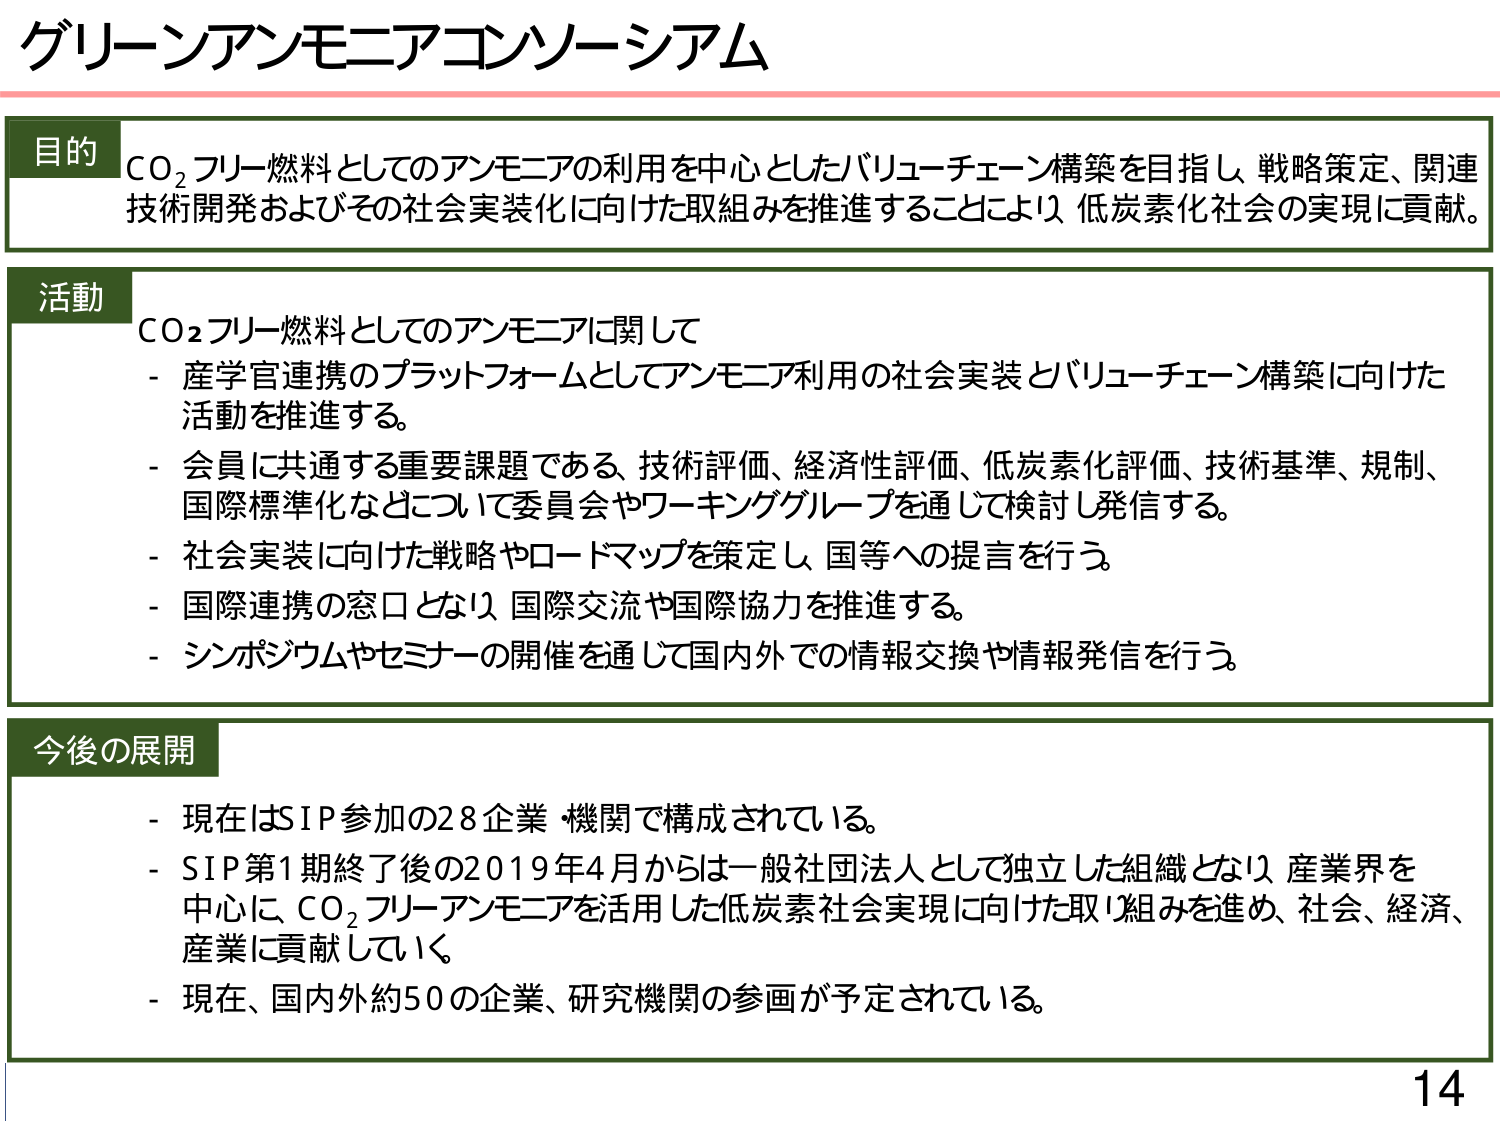
グリーンアンモニアコンソーシアム

目的
CO₂フリー燃料としてのアンモニアの利用を中心としたバリューチェーン構築を目指し、戦略策定、関連技術開発およびその社会実装化に向けた取組みを推進することにより、低炭素化社会の実現に貢献。

活動
CO₂フリー燃料としてのアンモニアに関して
- 産学官連携のプラットフォームとしてアンモニア利用の社会実装とバリューチェーン構築に向けた活動を推進する。
- 会員に共通する重要課題である、技術評価、経済性評価、低炭素化評価、技術基準、規制、国際標準化などについて委員会やワーキンググループを通じて検討し発信する。
- 社会実装に向けた戦略やロードマップを策定し、国等への提言を行う。
- 国際連携の窓口となり、国際交流や国際協力を推進する。
- シンポジウムやセミナーの開催を通じて国内外での情報交換や情報発信を行う。

今後の展開
- 現在はSIP参加の28企業・機関で構成されている。
- SIP第1期終了後の2019年4月からは一般社団法人として独立した組織となり、産業界を中心に、CO₂フリーアンモニアを活用した低炭素社会実現に向けた取組みを進め、社会、経済、産業に貢献していく。
- 現在、国内外約50の企業、研究機関の参画が予定されている。

14